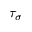
\tau _ { \sigma }